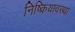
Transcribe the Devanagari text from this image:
निष्क्रियावस्था